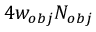
4 w _ { o b j } N _ { o b j }